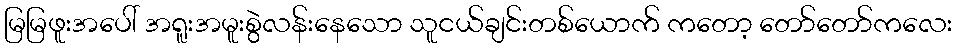
မြမြဖူးအပေါ် အရူးအမူးစွဲလန်းနေသော သူငယ်ချင်းတစ်ယောက် ကတော့ တော်တော်ကလေး